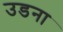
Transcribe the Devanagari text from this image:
उडना